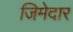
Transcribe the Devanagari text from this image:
जिमेदार